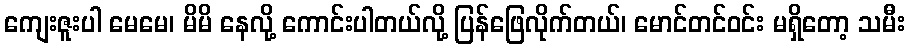
ကျေးဇူးပါ မေမေ၊ မိမိ နေလို့ ကောင်းပါတယ်လို့ ပြန်ဖြေလိုက်တယ်၊ မောင်တင်ဝင်း မရှိတော့ သမီး